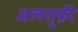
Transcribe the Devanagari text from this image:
अलसूफ़ी